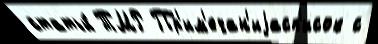
статьи́ ТМР Пр'им'ечан'иjасп'исок с